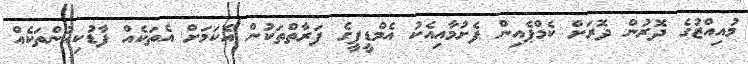
މުއިއްޒުގެ ދޮރުން ދޮރަށް ކެމްޕެއިން ފެށުމާއިއެކު އެމްޑީޕީގެ ފަރާތްތަކުން އެކަމަށް އެތަކެއް ފާޑުކިއުންތަކެއް